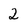
Character: 2